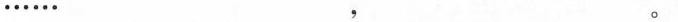
…… ， 。